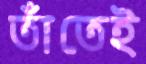
তাঁতেই